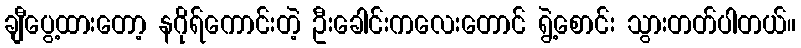
ချီပွေ့ထားတော့ နဂိုရ်ကောင်းတဲ့ ဦးခေါင်းကလေးတောင် ရွဲ့စောင်း သွားတတ်ပါတယ်။